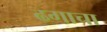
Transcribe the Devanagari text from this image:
ढगाचा